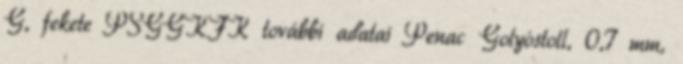
G, fekete PSGGKFK további adatai Penac Golyóstoll, 0,7 mm,